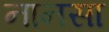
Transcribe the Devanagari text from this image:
नानसा